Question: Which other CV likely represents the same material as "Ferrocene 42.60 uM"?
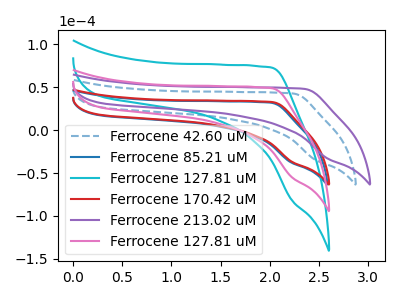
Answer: <think>The blue dashed curve "Ferrocene 42.60 uM" has no peaks. The blue curve "Ferrocene 85.21 uM" has no peaks. The cyan curve "Ferrocene 127.81 uM" has no peaks. The red curve "Ferrocene 170.42 uM" has no peaks. The purple curve "Ferrocene 213.02 uM" has no peaks. The pink curve "Ferrocene 127.81 uM" has no peaks.
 Neither "Ferrocene 42.60 uM" or "Ferrocene 85.21 uM" have any peaks. Neither "Ferrocene 42.60 uM" or "Ferrocene 127.81 uM" have any peaks. Neither "Ferrocene 42.60 uM" or "Ferrocene 170.42 uM" have any peaks. Neither "Ferrocene 42.60 uM" or "Ferrocene 213.02 uM" have any peaks. Neither "Ferrocene 42.60 uM" or "Ferrocene 127.81 uM" have any peaks. Neither "Ferrocene 85.21 uM" or "Ferrocene 127.81 uM" have any peaks. Neither "Ferrocene 85.21 uM" or "Ferrocene 170.42 uM" have any peaks. Neither "Ferrocene 85.21 uM" or "Ferrocene 213.02 uM" have any peaks. Neither "Ferrocene 85.21 uM" or "Ferrocene 127.81 uM" have any peaks. Neither "Ferrocene 127.81 uM" or "Ferrocene 170.42 uM" have any peaks. Neither "Ferrocene 127.81 uM" or "Ferrocene 213.02 uM" have any peaks. Neither "Ferrocene 127.81 uM" or "Ferrocene 127.81 uM" have any peaks. Neither "Ferrocene 170.42 uM" or "Ferrocene 213.02 uM" have any peaks. Neither "Ferrocene 170.42 uM" or "Ferrocene 127.81 uM" have any peaks. Neither "Ferrocene 213.02 uM" or "Ferrocene 127.81 uM" have any peaks.</think>
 <answer>"Ferrocene 42.60 uM", "Ferrocene 85.21 uM", "Ferrocene 127.81 uM", "Ferrocene 213.02 uM" and "Ferrocene 127.81 uM" have a similar shape to "Ferrocene 170.42 uM".</answer>
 <eval>"Ferrocene 42.60 uM" "Ferrocene 85.21 uM" "Ferrocene 127.81 uM" "Ferrocene 213.02 uM" "Ferrocene 127.81 uM"</eval>